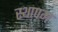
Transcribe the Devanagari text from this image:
स्थापम